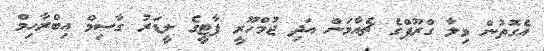
އެގޮތުން ވިލާ ގްރޫޕްގެ ޗެއާމަން އަދި ޖުމްހޫރީ ޕާޓީގެ ލީޑަރު ގާސިމް އިބްރާހިމް